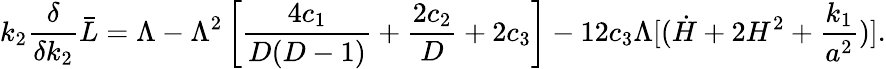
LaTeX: k_{2}{\frac{\delta}{\delta k_{2}}}\bar{L}=\Lambda-\Lambda^{2}\left[{\frac{4c_{1}}{D(D-1)}}+{\frac{2c_{2}}{D}}+2c_{3}\right]-12c_{3}\Lambda[(\dot{H}+2H^{2}+{\frac{k_{1}}{a^{2}}})].